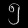
Digit: ၅